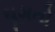
ઘૂમતો